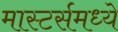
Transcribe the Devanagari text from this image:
मास्टर्समध्ये